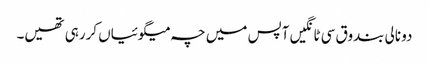
دو نالی بندوق سی ٹانگیں آپس میں چہ میگوئیاں کررہی تھیں۔